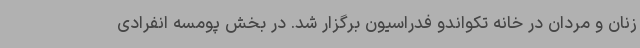
زنان و مردان در خانه تکواندو فدراسیون برگزار شد. در بخش پومسه انفرادی